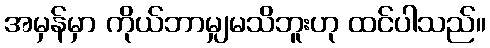
အမှန်မှာ ကိုယ်ဘာမျှမသိဘူးဟု ထင်ပါသည်။